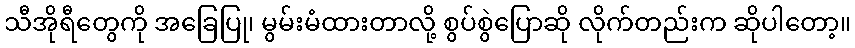
သီအိုရီတွေကို အခြေပြု၊ မွမ်းမံထားတာလို့ စွပ်စွဲပြောဆို လိုက်တည်းက ဆိုပါတော့။